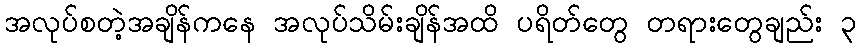
အလုပ်စတဲ့အချိန်ကနေ အလုပ်သိမ်းချိန်အထိ ပရိတ်တွေ တရားတွေချည်း ၃